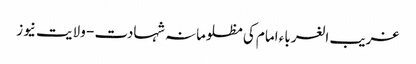
غریب الغرباء امام کی مظلومانہ شہادت - ولایت نیوز